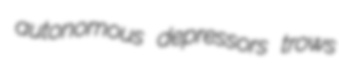
autonomous depressors trows